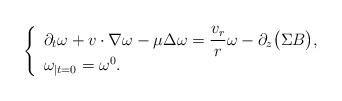
LaTeX: \begin{align*}\left\{ \begin{array}{ll}\partial_{t}\omega+v\cdot\nabla\omega-\mu\Delta\omega=\dfrac{v_{r}}{r}\omega -\partial_z \big( \Sigma B\big) ,\\{\omega}_{\vert t=0}=\omega^{0}.\end{array} \right.\end{align*}